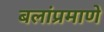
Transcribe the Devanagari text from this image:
बलांप्रमाणे